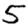
Digit: 5